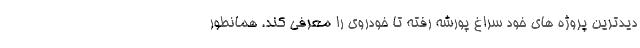
دیدترین پروژه های خود سراغ پورشه رفته تا خودروی را معرفی کند. همانطور